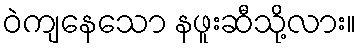
ဝဲကျနေသော နဖူးဆီသို့လား။